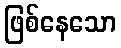
ဖြစ်နေသော